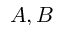
A , B